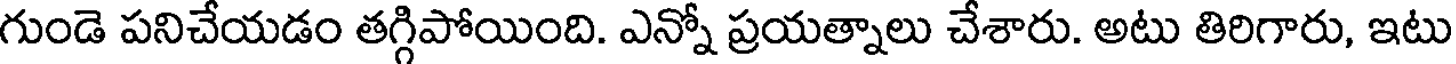
గుండె పనిచేయడం తగ్గిపోయింది. ఎన్నో ప్రయత్నాలు చేశారు. అటు తిరిగారు, ఇటు